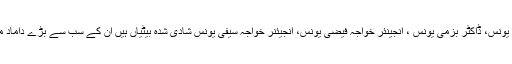
پسماندگان میں شوہر ڈاکٹر خواجہ سیّد محمد یونس کے علاوہ چار بیٹے ڈاکٹر رزمی یونس، ڈاکٹر بزمی یونس ، انجینئر خواجہ فیضی یونس، انجیئنر خواجہ سیفی یونس شادی شدہ بیٹیاں ہیں ان کے سب سے بڑے داماد محمد احمد ،شہنشاہ اور تمام دامادوں کو بھی وہ اپنے لڑکوں کی ہی طرح مانتی تھی ۔